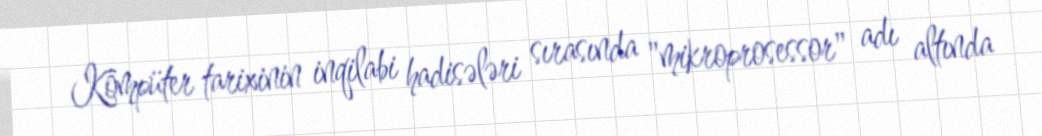
Kompüter tarixinin inqilabi hadisələri sırasında "mikroprosessor" adı altında